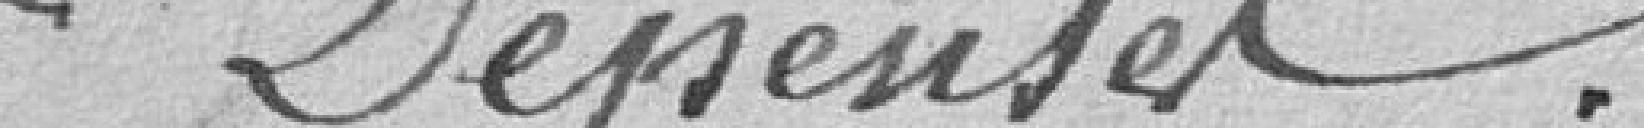
Dépenses